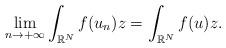
LaTeX: \begin{align*}\underset{n\to+\infty}{\lim}\int_{\mathbb{R}^N}f(u_n)z=\int_{\mathbb{R}^N}f(u)z.\end{align*}